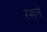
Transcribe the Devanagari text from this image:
ऱखते